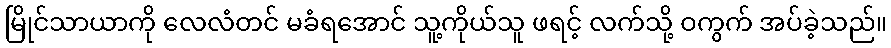
မြိုင်သာယာကို လေလံတင် မခံရအောင် သူ့ကိုယ်သူ ဖရင့် လက်သို့ ဝကွက် အပ်ခဲ့သည်။